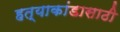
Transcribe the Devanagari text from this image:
हत्याकांडासाठी